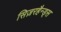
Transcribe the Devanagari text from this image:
सिज़रहैन्ड्स